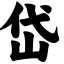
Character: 岱